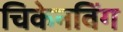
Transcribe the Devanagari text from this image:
चिकेनविंग